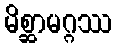
မိစ္ဆာမဂ္ဂဿ